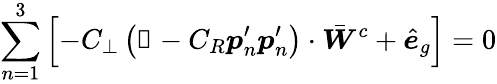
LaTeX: \sum_{n=1}^{3}\left[-C_{\perp}\left(\mathbb{1}-C_{R}\boldsymbol{p}_{n}^{\prime}\boldsymbol{p}_{n}^{\prime}\right)\cdot\bar{\boldsymbol{W}}^{c}+\hat{\boldsymbol{e}}_{g}\right]=0